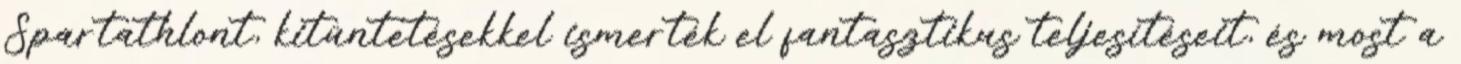
Spartathlont, kitüntetésekkel ismerték el fantasztikus teljesítéseit, és most a